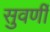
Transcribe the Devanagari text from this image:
सुवर्णी